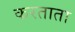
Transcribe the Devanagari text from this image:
करताता